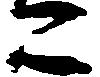
こ